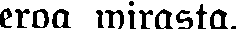
eroa mirasta.